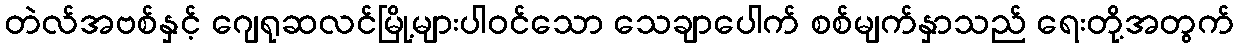
တဲလ်အဗစ်နှင့် ဂျေရုဆလင်မြို့များပါဝင်သော သေချာပေါက် စစ်မျက်နှာသည် ရေးတို့အတွက်